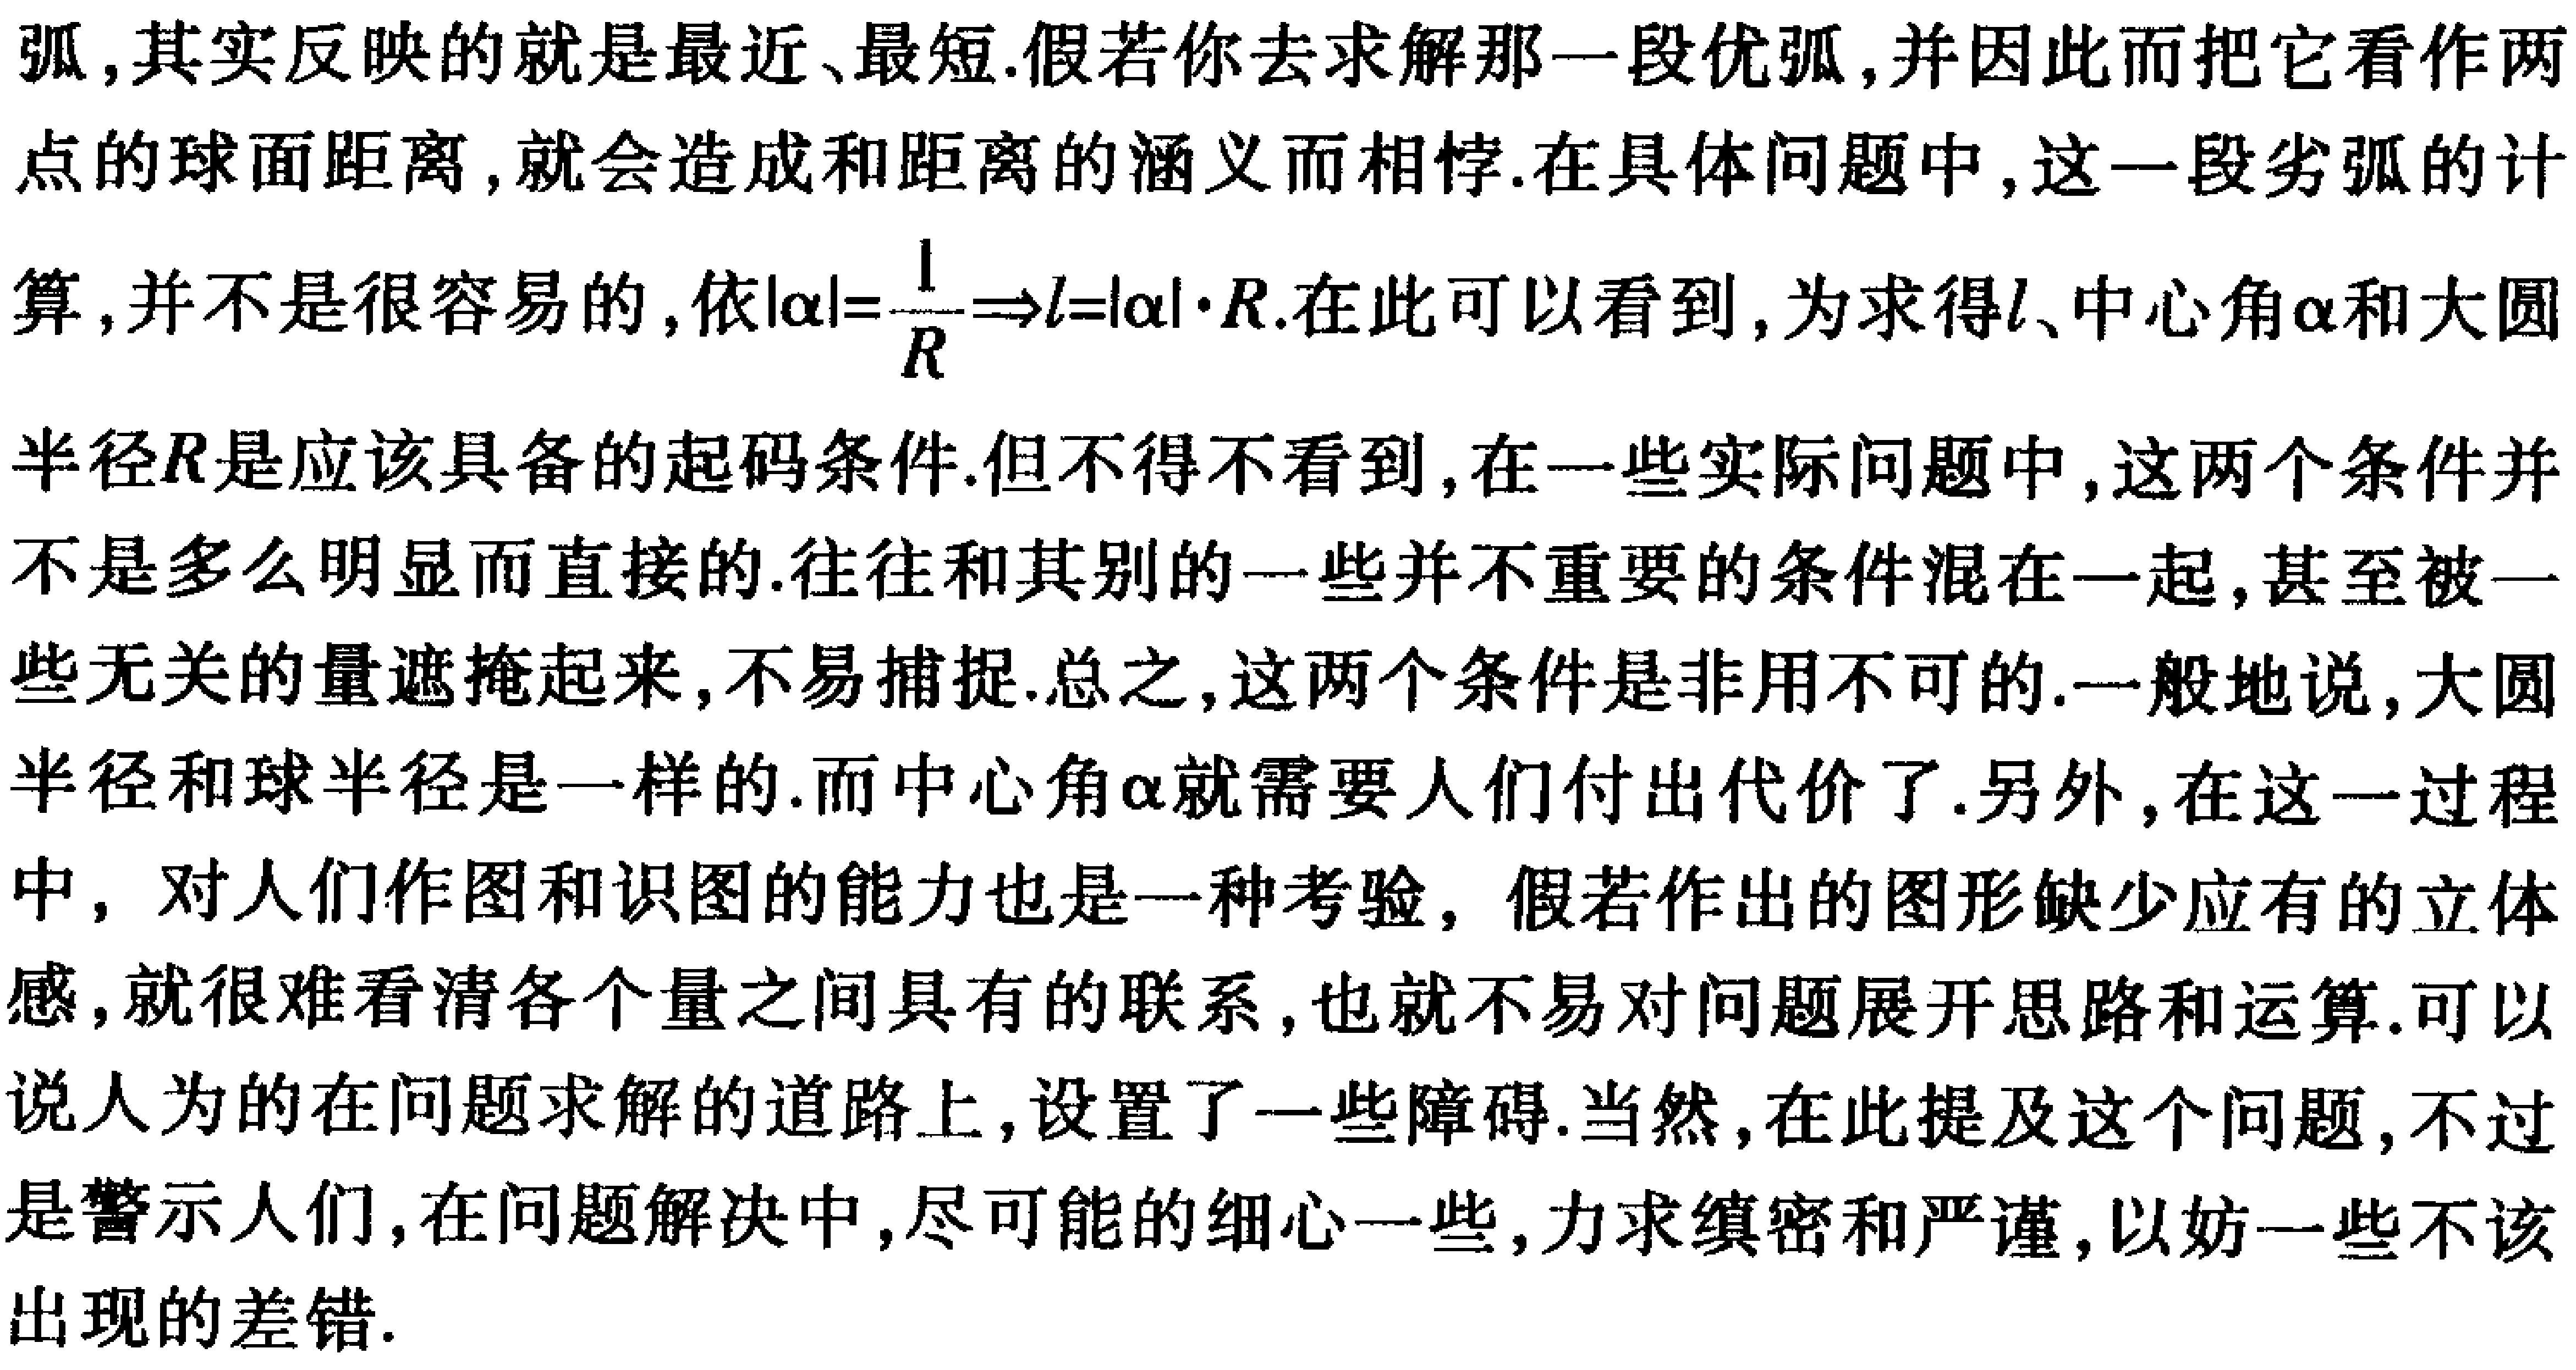
弧,其实反映的就是最近、最短.假若你去求解那一段优弧,并因此而把它看作两点的球面距离,就会造成和距离的涵义而相悖.在具体问题中,这一段劣弧的计算,并不是很容易的,依\(\vert\alpha\vert = \frac{l}{R}\Rightarrow l=\vert\alpha\vert\cdot R\).在此可以看到,为求得\(l\)、中心角\(\alpha\)和大圆半径\(R\)是应该具备的起码条件.但不得不看到,在一些实际问题中,这两个条件并不是多么明显而直接的.往往和其别的一些并不重要的条件混在一起,甚至被一些无关的量遮掩起来,不易捕捉.总之,这两个条件是非用不可的.一般地说,大圆半径和球半径是一样的.而中心角\(\alpha\)就需要人们付出代价了.另外,在这一过程中, 对人们作图和识图的能力也是一种考验, 假若作出的图形缺少应有的立体感,就很难看清各个量之间具有的联系,也就不易对问题展开思路和运算.可以说人为的在问题求解的道路上,设置了一些障碍.当然,在此提及这个问题,不过是警示人们,在问题解决中,尽可能的细心一些,力求缜密和严谨,以妨一些不该出现的差错.